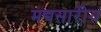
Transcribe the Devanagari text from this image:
मद्यसारीय